Report on vaccination proceedings throughout the Government of Bengal -
Year: 1868
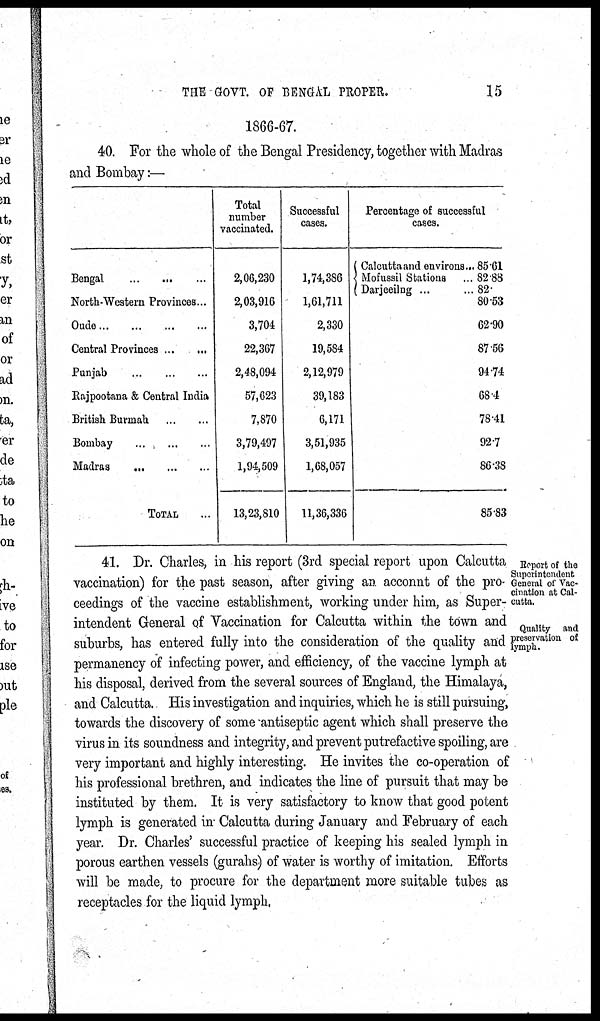
THE GOVT. OF BENGAL PROPER.
15
1866-67.
40. For the whole of the Bengal Presidency, together with Madras
and Bombay:—
Bengal
...
...
...
North-Western Provinces...
Oude
...
...
...
...
Central Provinces ... ...
Punjab
...
...
...
Rajpootana & Central India
British Burmah
...
...
Bombay
...
...
...
Madras
...
...
...
TOTAL ...
Total
number
vaccinated.
2,06,230
2,03,916
3,704
22,367
2,48,094
57,623
7,870
3,79,497
1,94,509
13,23,810
Successful
cases.
1,74,386
1,61,711
2,330
19,584
2,12,979
39,183
6,171
3,51,935
1,68,057
11,36,336
Percentage of successful
cases.
Calcutta and environs...
Mofussil Stations ...
Darjeeilng ...
85.61
82.88
82.
80.53
62.90
87.56
94.74
68.4
78.41
92.7
86.38
85.83
Report of the
Superintendent
General of Vac-
cination at Cal-
cutta.
Quality and
preservation of
lymph.
41. Dr. Charles, in his report (3rd special report upon Calcutta
vaccination) for the past season, after giving an account of the pro-
ceedings of the vaccine establishment, working under him, as Super-
intendent General of Vaccination for Calcutta within the town and
suburbs, has entered fully into the consideration of the quality and
permanency of infecting power, and efficiency, of the vaccine lymph at
his disposal, derived from the several sources of England, the Himalaya,
and Calcutta. His investigation and inquiries, which he is still pursuing,
towards the discovery of some antiseptic agent which shall preserve the
virus in its soundness and integrity, and prevent putrefactive spoiling, are
very important and highly interesting. He invites the co-operation of
his professional brethren, and indicates the line of pursuit that may be
instituted by them. It is very satisfactory to know that good potent
lymph is generated in Calcutta during January and February of each
year. Dr. Charles' successful practice of keeping his sealed lymph in
porous earthen vessels (gurahs) of water is worthy of imitation. Efforts
will be made, to procure for the department more suitable tubes as
receptacles for the liquid lymph,